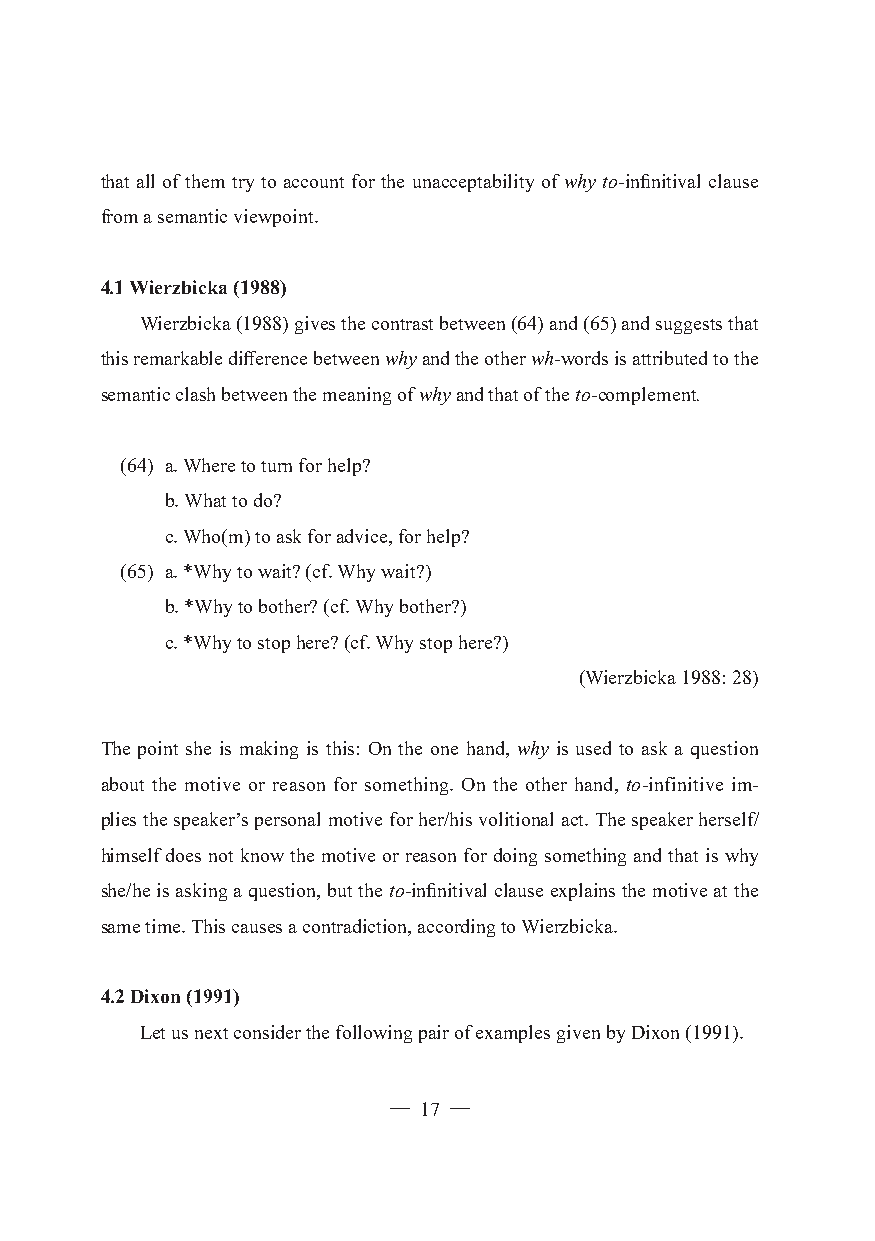
that all of them try to account for the unacceptability of why to-infinitival clause
 from a semantic viewpoint.
 4.1 Wierzbicka (1988)
 Wierzbicka (1988) gives the contrast between (64) and (65) and suggests that
 this remarkable difference between why and the other wh-words is attributed to the
 semantic clash between the meaning of why and that of the to-complement.
 (64) a. Where to turn for help?
 b. What to do?
 c. Who(m) to ask for advice, for help?
 (65) a. *Why to wait? (cf. Why wait?)
 b. *Why to bother? (cf. Why bother?)
 c. *Why to stop here? (cf. Why stop here?)
 (Wierzbicka 1988: 28)
 The point she is making is this: On the one hand, why is used to ask a question
 about the motive or reason for something. On the other hand, to-infinitive im-
 plies the speaker’s personal motive for her/his volitional act. The speaker herself/
 himself does not know the motive or reason for doing something and that is why
 she/he is asking a question, but the to-infinitival clause explains the motive at the
 same time. This causes a contradiction, according to Wierzbicka.
 4.2 Dixon (1991)
 Let us next consider the following pair of examples given by Dixon (1991).
 ─ 17 ─